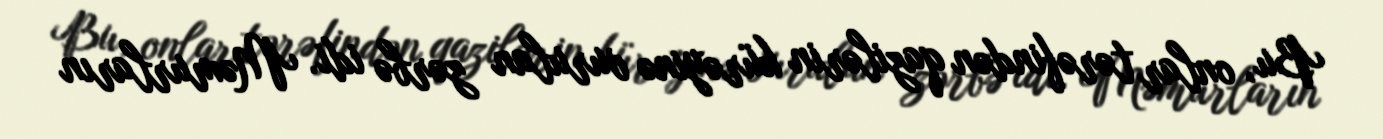
Bu, onlar tərəfindən qazilərin kürəyinə vurulan zərbə idi. Məmurların